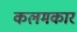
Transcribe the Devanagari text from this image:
कलमकार